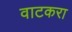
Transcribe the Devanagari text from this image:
वाटकरा